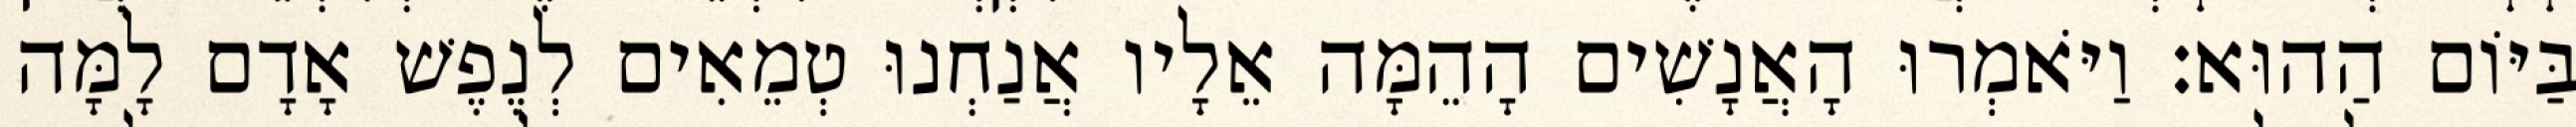
בַּיּוֹם הַהוּא׃ וַיֹּאמְרוּ הָאֲנָשִׁים הָהֵמָּה אֵלָיו אֲנַחְנוּ טְמֵאִים לְנֶפֶשׁ אָדָם לָמָּה